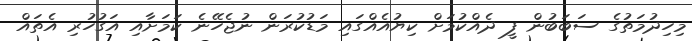
މިހިދުމަތުގެ ސަބަބުން ފީ ދެއްކުމަށް ކިޔުއެއްގައި މަޑުކުރަން ނުޖެހޭނެ ކަމަށާއި އަގުހުރި އެތައް